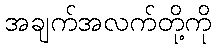
အချက်အလက်တို့ကို